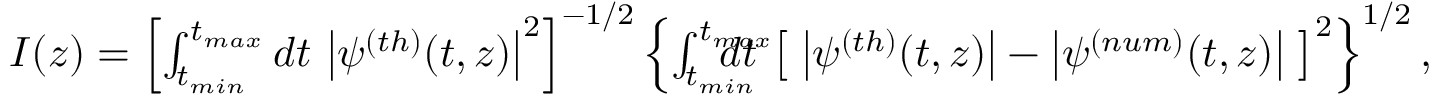
\begin{array} { r l r } & { } & { I ( z ) = \left[ \int _ { t _ { m i n } } ^ { t _ { m a x } } d t \, \left| \psi ^ { ( t h ) } ( t , z ) \right| ^ { 2 } \right] ^ { - 1 / 2 } \left\{ \int _ { t _ { m i n } } ^ { t _ { m a x } } \! \! \! \! \! \! \! \! \! d t \, \left[ \; \left| \psi ^ { ( t h ) } ( t , z ) \right| - \left| \psi ^ { ( n u m ) } ( t , z ) \right| \; \right] ^ { 2 } \right\} ^ { 1 / 2 } , } \end{array}